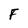
Character: F